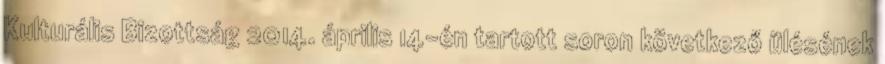
Kulturális Bizottság 2014. április 14-én tartott soron következő ülésének